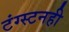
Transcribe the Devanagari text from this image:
टंग्स्टनही